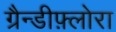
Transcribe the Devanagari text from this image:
ग्रैन्डीफ़्लोरा